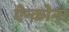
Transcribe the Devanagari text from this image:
ऐन्कोना